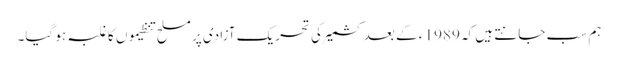
ہم سب جانتے ہیں کہ 1989 ء کے بعد کشمیر کی تحریکِ آزادی پر مسلح تنظیموں کا غلبہ ہو گیا۔